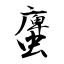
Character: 螷